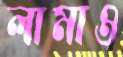
লামাও